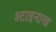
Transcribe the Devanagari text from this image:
श्टाइनाख